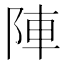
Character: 陣